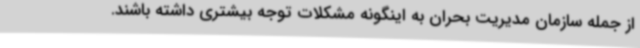
از جمله سازمان مدیریت بحران به اینگونه مشکلات توجه بیشتری داشته باشند.